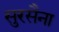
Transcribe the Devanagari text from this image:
सुरसैना